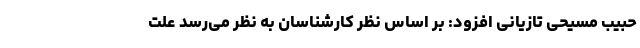
حبیب مسیحی تازیانی افزود: بر اساس نظر کارشناسان به نظر می‌رسد علت